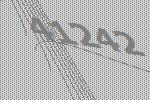
41242